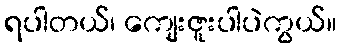
ရပါတယ်၊ ကျေးဇူးပါပဲကွယ်။